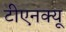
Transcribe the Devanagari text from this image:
टीएनक्यू